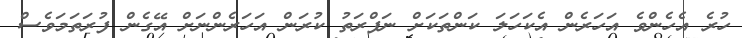
ހުރެ އެހެންވެ އަހަރެން އެކަހަލަ ކަންތަކަށް ނަފްރަތު ކުރަން އަހަރެންނަށް އޭގެން ފުރަތަމަވެސް